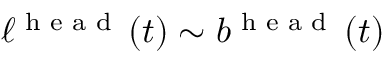
\ell ^ { \textrm { h e a d } } \left( t \right) \sim b ^ { \textrm { h e a d } } \left( t \right)